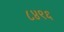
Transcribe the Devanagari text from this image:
८४९६